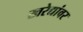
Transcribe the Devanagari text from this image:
खरेद्यांवर